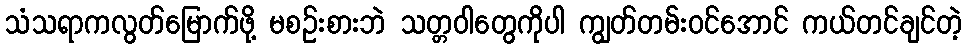
သံသရာကလွတ်မြောက်ဖို့ မစဉ်းစားဘဲ သတ္တဝါတွေကိုပါ ကျွတ်တမ်းဝင်အောင် ကယ်တင်ချင်တဲ့